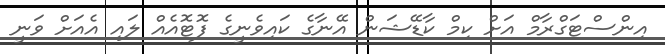
އިންސްޓަގްރާމް އަށް ކިމް ކާޑޭޝަން އޭނާގެ ކައިވެނީގެ ފޮޓޮއެއް ލައި އެއަށް ވަނީ